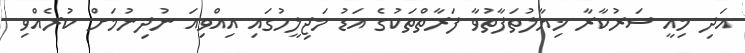
އަދި މިއީ ސަރުކާރާ ޚިޔާލުތަފާތުވާ ފަރާތްތަކުގެ އަޑު މަޖިލީހުގައި އިއްވިއަ ނުދިނުމަށް ކުރެއްވި